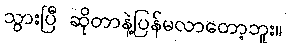
သွားပြီ ဆိုတာနဲ့ပြန်မလာတော့ဘူး။